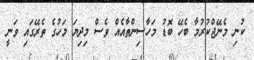
ކުނި މެނޭޖްކުރުމާ ބެހޭ ބޮޑު މަހާސިންތާއެއް ވެސް މިދިޔަ މަހުގެ ތެރޭގައި ވަނީ